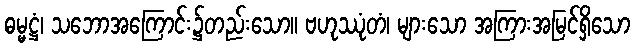
ဓမ္မဋ္ဌံ၊ သဘောအကြောင်း၌တည်းသော။ ဗဟုဿုံတံ၊ များသော အကြားအမြင်ရှိသော